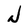
Character: N